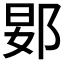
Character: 𬪀